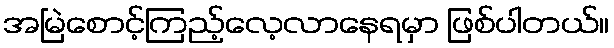
အမြဲစောင့်ကြည့်လေ့လာနေရမှာ ဖြစ်ပါတယ်။